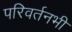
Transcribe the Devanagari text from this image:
परिवर्तनभी